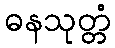
ဓနသုတ္တံ